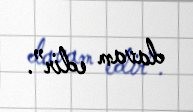
davam edir”.